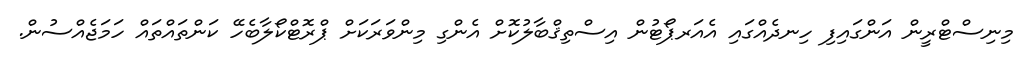
މިނިސްޓްރީން އަންގައިފި ހިނދެއްގައި އެއަރޕޯޓުން އިސްތިޤްބާލުކޮށް އެންގި މިންވަރަކަށް ޕްރޮޓްކޯލާބެހޭ ކަންތައްތައް ހަމަޖެއްސުން.